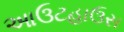
આઉટહાઉસ